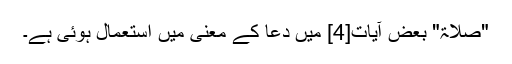
"صلاۃ" بعض آیات[4] میں دعا کے معنی میں استعمال ہوئی ہے۔